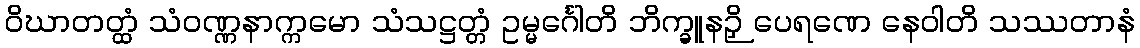
ဝိဃာတတ္ထံ သံဝဏ္ဏနာက္ကမော သံသဋ္ဌတ္တံ ဥမ္မင်္ဂေါတိ ဘိက္ခူနဉှိ ပေရဏေ နေဝါတိ သဿတာနံ